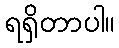
ရရှိတာပါ။